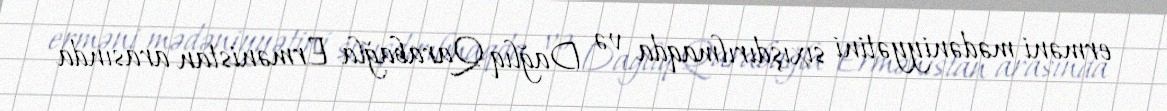
erməni mədəniyyətini sıxışdırılmaqda və Dağlıq Qarabağla Ermənistan arasında